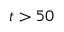
t > 5 0